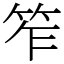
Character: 笮